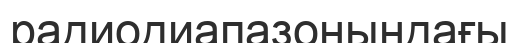
радиодиапазонындағы